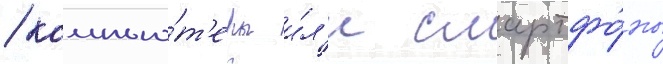
/ компью́т'еры и́л'и смартфо́ны